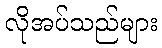
လိုအပ်သည်များ